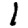
Digit: 1